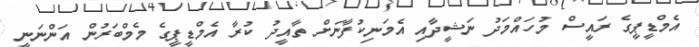
އެމްޑީޕީގެ ރައީސް މުހައްމަދު ނަޝީދާއި އެމަނިކުފާނަށް ތާއީދު ކުރާ އެމްޑީޕީގެ މެމްބަރުން އަންނަނީ